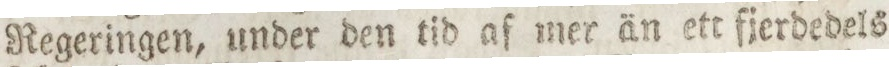
Regeringen, under den tid af mer än ett fjerdedels